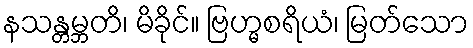
နသန္တမ္ဘတိ၊ မိခိုင်။ ဗြဟ္မစရိယံ၊ မြတ်သော